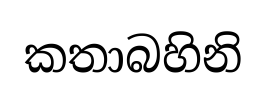
කතාබහිනි